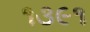
૧૩૯૧